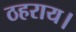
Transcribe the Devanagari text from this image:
ठहराय।